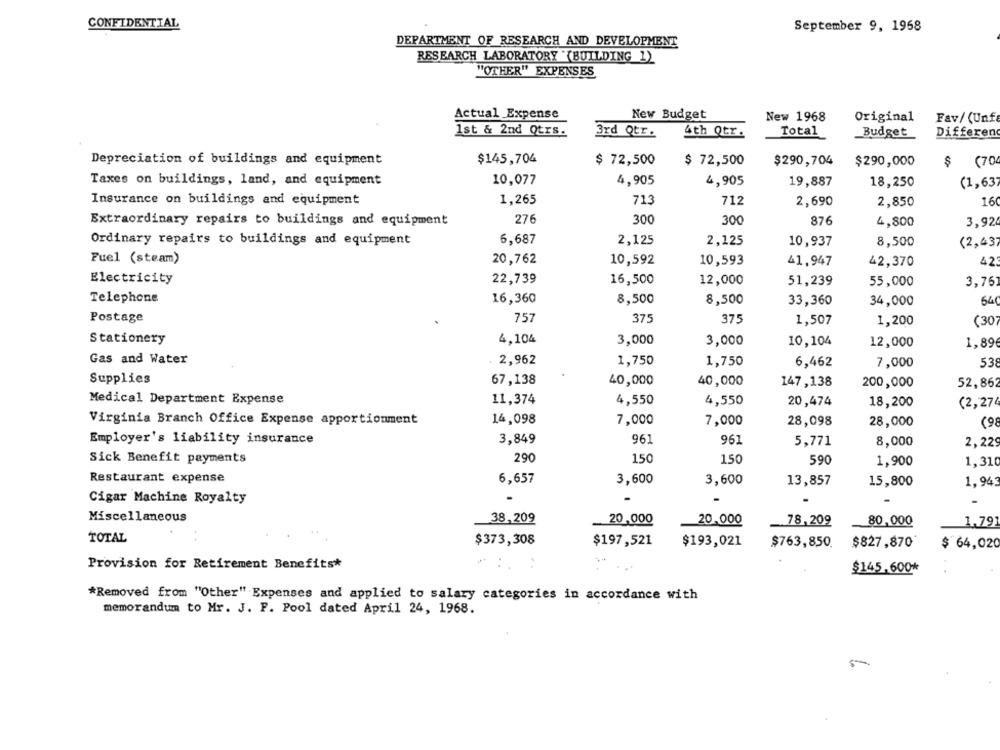
CONFIDENTIAL
September 9, 1958
DEPARTMENT OF RESEARCH AND DEVELOPMENT
RESEARCH LABORATORY "(BUILDING 1)
"OTHER" EXPENSES
Actual Expense
New Budget
New 1968
Original
Fav/ (Unf
1st & 2nd Qtrs.
3rd Qtr.
4th Qtr.
Total
Budget
Differen
Depreciation of buildings and equipment
$145,704
$ 72,500
$ 72,500
$290,704
$290,000
$
(70
10,077
4,905
4,905
Taxes on buildings, land, and equipment
19,887
18,250
(1,637
Insurance on buildings and equipment
1,265
713
712
2,690
2,850
16
276
Extraordinary repairs to buildings and equipment
300
300
876
4,800
3,92
6,687
2,125
Ordinary repairs to buildings and equipment
2,125
10,937
8,500
(2,43;
Fuel (steam)
20,762
10,592
10,593
41,947
42
42,370
Electricity
22,739
16,500
12,000
51,239
55,000
3,76
Telephone
16,360
8,500
8,500
64
33,360
34,000
Postage
757
375
375
1,507
1,200
(30
Stationery
4,104
3,000
3,000
10,104
12,000
1,89
Gas and Water
2,962
1,750
1,750
6,462
7,000
53
Supplies
67,138
40,000
40,000
147,138
200,000
52,862
Medical Department Expense
11,374
4,550
4,550
20,474
18,200
(2,274
Virginia Branch Office Expense apportionment
14,098
7,000
7,000
28,098
28,000
(9
Employer's liability insurance
3,849
961
961
5,771
8,000
2,229
290
Sick Benefit payments
150
150
590
1,900
1.310
Restaurant expense
6,657
3,600
3,600
1.943
13,857
15,800
Cigar Machine Royalty
.
Miscellaneous
38,209
20,000
20.000
78,209
80,000
1,79
TOTAL
$373,308
$197,521
$193,021
$763,850.
$827,870*
$ 64,020
Provision for Retirement Benefits*
...
$145.600*
*Removed from "Other" Expenses and applied to salary categories in accordance with
memorandum to Mr. J. F. Pool dated April 24, 1968.